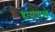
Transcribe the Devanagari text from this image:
डांसामध्ये